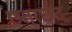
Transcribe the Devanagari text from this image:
छत्रछंद